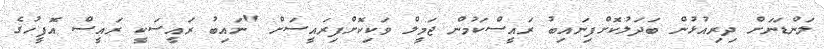
ލަންޑަނަށް ދިރިއުޅުން ބަދަލުކޮށްފިނައިބު ރައީސްކަމުން ޖަމީލް ވަކިކޮށްފިރައީސަށް "ނައިބު ރައީސަކީ ރައީސް އޮފީހުގެ